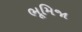
ભૂમિજા